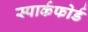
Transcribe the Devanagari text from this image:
स्पार्कफोर्ड